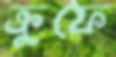
ক্রুফে